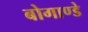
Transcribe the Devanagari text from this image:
बोगाण्डे